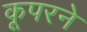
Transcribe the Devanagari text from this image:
कूपरने